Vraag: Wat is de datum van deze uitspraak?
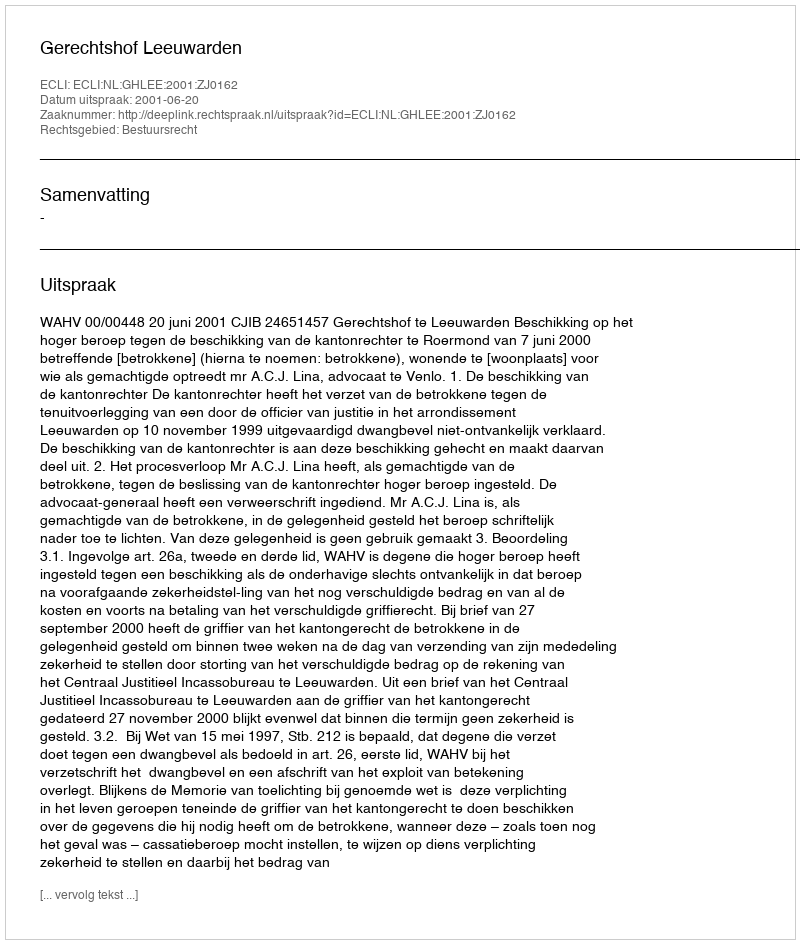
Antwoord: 2001-06-20